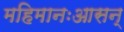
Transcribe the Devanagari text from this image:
महिमानःआसन्